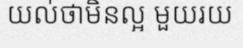
យល់ថាមិនល្អ មួយរយ